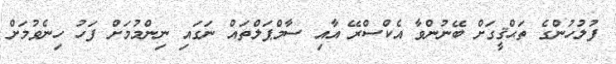
ފުލުހުންގެ ތަޙްޤީގަށް ބޭނުންވާ އެކްސްރޭ އާއި ސާމްޕަލްތައް ނަގައި ނިންމުމަށް ފަހު ހިނެވުމަށް